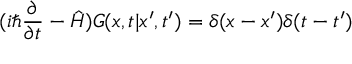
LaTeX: ( i \hbar \frac { \partial } { \partial t } - \hat { H } ) G ( x , t | x ^ { \prime } , t ^ { \prime } ) = \delta ( x - x ^ { \prime } ) \delta ( t - t ^ { \prime } )